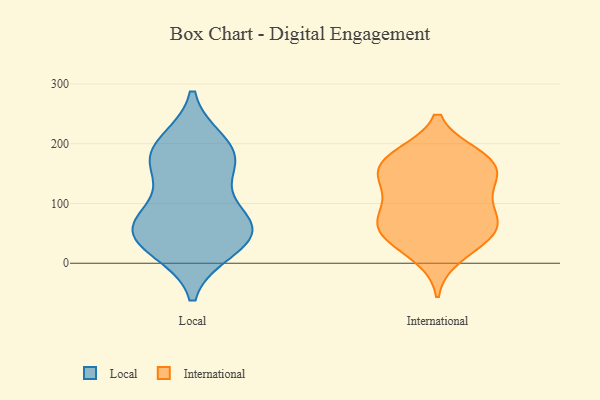
{"axis": {"x": "Page Views", "y": "Value"}, "legend": ["International", "Local"], "data": [{"x": "", "y": 172, "type": "Local"}, {"x": "", "y": 41, "type": "Local"}, {"x": "", "y": 198, "type": "Local"}, {"x": "", "y": 59, "type": "Local"}, {"x": "", "y": 169, "type": "Local"}, {"x": "", "y": 78, "type": "Local"}, {"x": "", "y": 178, "type": "Local"}, {"x": "", "y": 64, "type": "Local"}, {"x": "", "y": 27, "type": "Local"}, {"x": "", "y": 52, "type": "Local"}, {"x": "", "y": 155, "type": "International"}, {"x": "", "y": 170, "type": "International"}, {"x": "", "y": 43, "type": "International"}, {"x": "", "y": 173, "type": "International"}, {"x": "", "y": 64, "type": "International"}, {"x": "", "y": 180, "type": "International"}, {"x": "", "y": 140, "type": "International"}, {"x": "", "y": 68, "type": "International"}, {"x": "", "y": 130, "type": "International"}, {"x": "", "y": 138, "type": "International"}, {"x": "", "y": 86, "type": "International"}, {"x": "", "y": 68, "type": "International"}, {"x": "", "y": 181, "type": "International"}, {"x": "", "y": 11, "type": "International"}, {"x": "", "y": 35, "type": "International"}, {"x": "", "y": 103, "type": "International"}, {"x": "", "y": 56, "type": "International"}]}